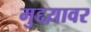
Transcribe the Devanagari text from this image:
मुद्दय़ावर